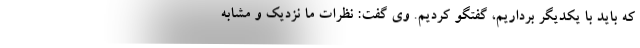
که باید با یکدیگر برداریم، گفتگو کردیم. وی گفت: نظرات ما نزدیک و مشابه